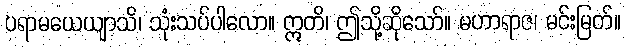
ပရာမယေယျာသိ၊ သုံးသပ်ပါလော။ ဣတိ၊ ဤသို့ဆိုသော်။ မဟာရာဇ၊ မင်းမြတ်။